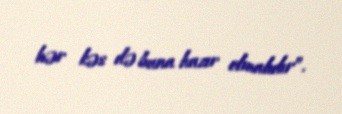
hər kəs də buna hazır olmalıdır”.